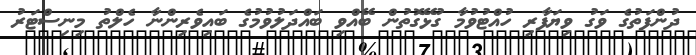
ދުންފަތުގެ ވަގު ވިޔަފާރި ހުއްޓުވުމާ ގުޅޭގޮތުން ބޭއްވި ބައްދަލުވުމުގެ ބައިވެރިންނާ ހެލްތު މިނިސްޓަރު